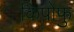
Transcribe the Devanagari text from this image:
किपोफु